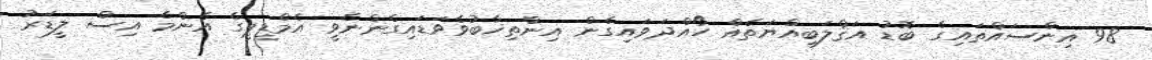
98 އިންސައްތައިގެ ބޮޑު އަޤްލަބިއްޔަތެއް ހޯއްދަވައިގެން އިންތިޚާބުވެވަޑައިގެންނެވީ އެމްޑީޕީގެ އެންމެ އިސް ލީޑަރު